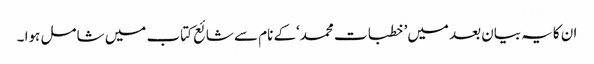
ان کایہ بیان بعد میں’ خطبات محمد‘کے نام سے شائع کتاب میں شامل ہوا ۔